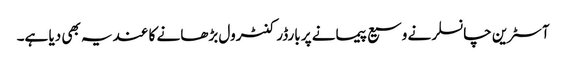
آسٹرین چانسلر نے وسیع پیمانے پر بارڈر کنٹرول بڑھانے کا عندیہ بھی دیا ہے۔